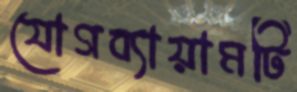
যোগব্যায়ামটি